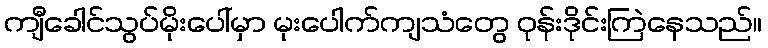
ကျီခေါင်သွပ်မိုးပေါ်မှာ မုးပေါက်ကျသံတွေ ဝုန်းဒိုင်းကြဲနေသည်။